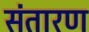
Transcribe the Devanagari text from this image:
संतारण